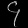
Digit: ၄